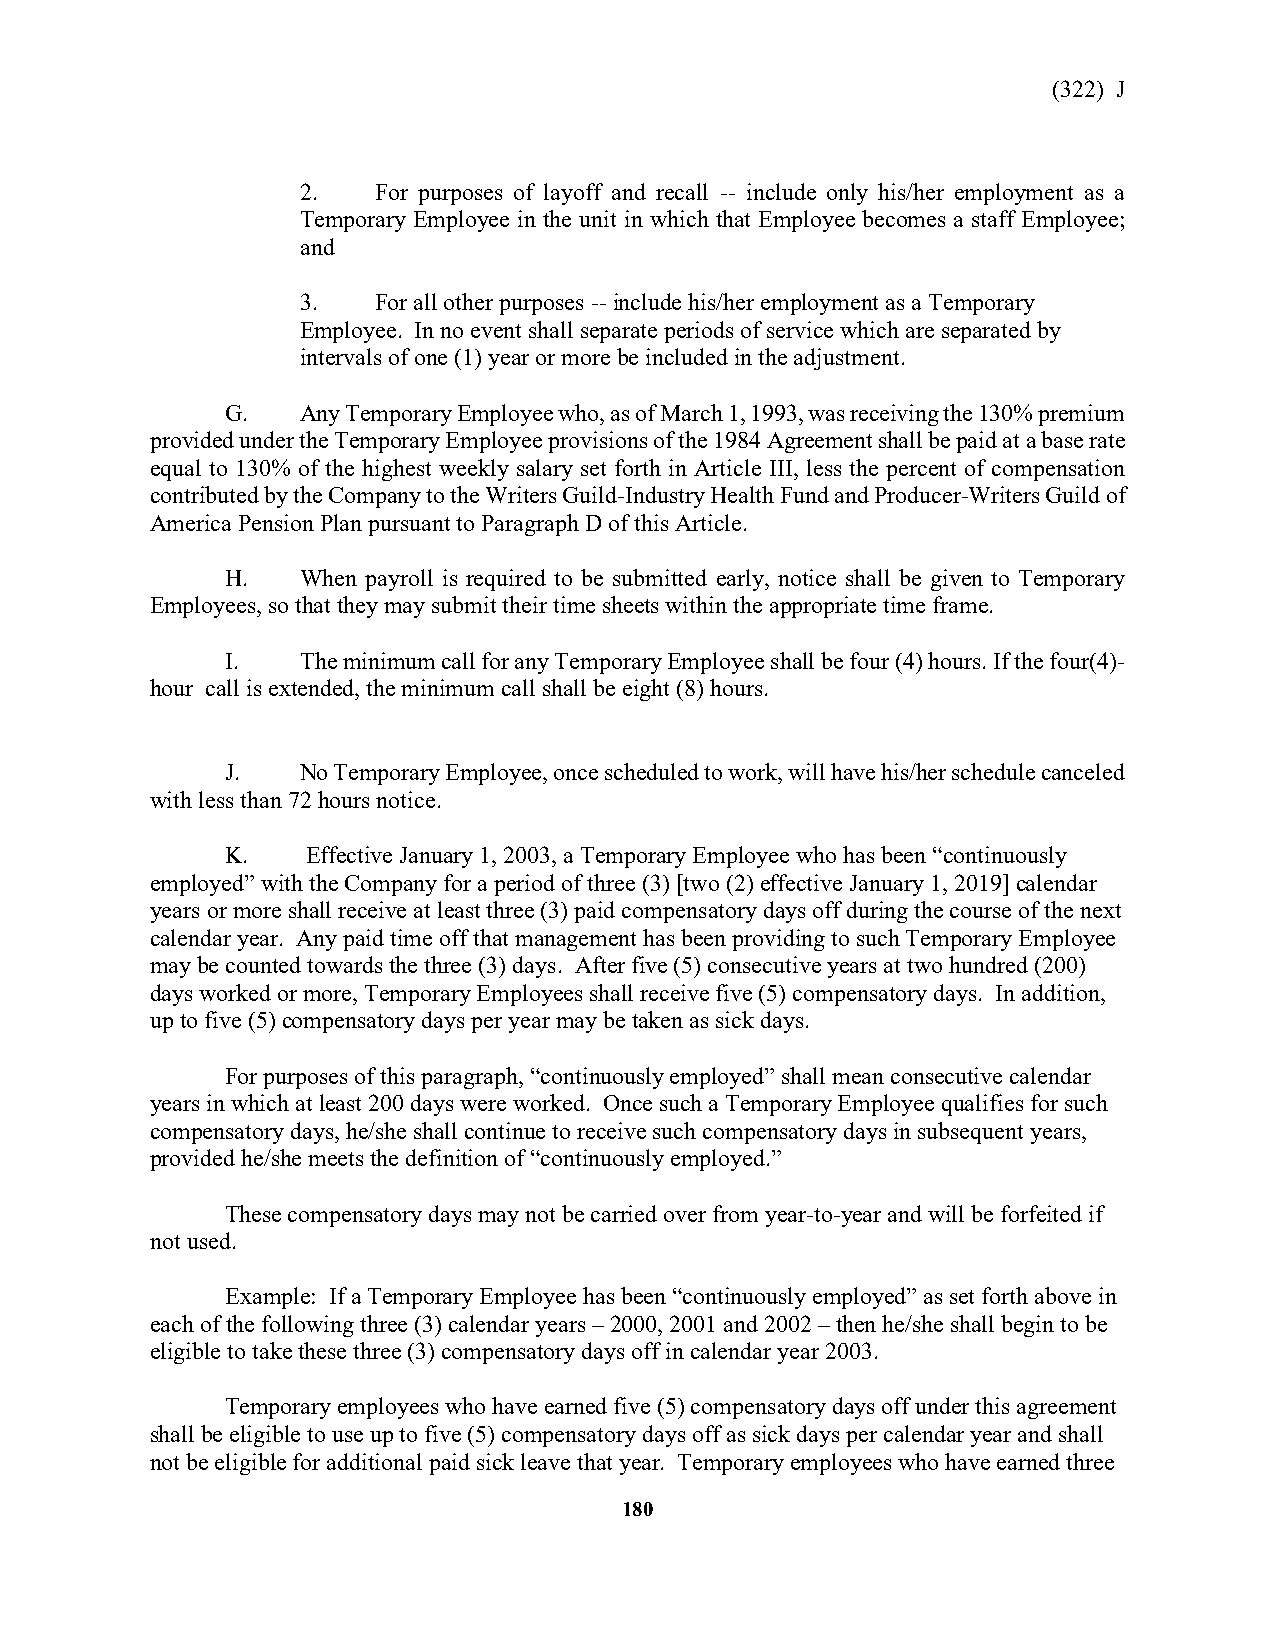
(322) J
 2.   For purposes of layoff and recall -- include only his/her employment as a
 Temporary Employee in the unit in which that Employee becomes a staff Employee;
 and
 3.   For all other purposes -- include his/her employment as a Temporary
 Employee. In no event shall separate periods of service which are separated by
 intervals of one (1) year or more be included in the adjustment.
 G.   Any Temporary Employee who, as of March 1, 1993, was receiving the 130% premium
 provided under the Temporary Employee provisions of the 1984 Agreement shall be paid at a base rate
 equal to 130% of the highest weekly salary set forth in Article III, less the percent of compensation
 contributed by the Company to the Writers Guild-Industry Health Fund and Producer-Writers Guild of
 America Pension Plan pursuant to Paragraph D of this Article.
 H.   When payroll is required to be submitted early, notice shall be given to Temporary
 Employees, so that they may submit their time sheets within the appropriate time frame.
 I.   The minimum call for any Temporary Employee shall be four (4) hours. If the four(4)-
 hour call is extended, the minimum call shall be eight (8) hours.
 J.   No Temporary Employee, once scheduled to work, will have his/her schedule canceled
 with less than 72 hours notice.
 K.   Effective January 1, 2003, a Temporary Employee who has been “continuously
 employed” with the Company for a period of three (3) [two (2) effective January 1, 2019] calendar
 years or more shall receive at least three (3) paid compensatory days off during the course of the next
 calendar year. Any paid time off that management has been providing to such Temporary Employee
 may be counted towards the three (3) days. After five (5) consecutive years at two hundred (200)
 days worked or more, Temporary Employees shall receive five (5) compensatory days. In addition,
 up to five (5) compensatory days per year may be taken as sick days.
 For purposes of this paragraph, “continuously employed” shall mean consecutive calendar
 years in which at least 200 days were worked. Once such a Temporary Employee qualifies for such
 compensatory days, he/she shall continue to receive such compensatory days in subsequent years,
 provided he/she meets the definition of “continuously employed.”
 These compensatory days may not be carried over from year-to-year and will be forfeited if
 not used.
 Example: If a Temporary Employee has been “continuously employed” as set forth above in
 each of the following three (3) calendar years – 2000, 2001 and 2002 – then he/she shall begin to be
 eligible to take these three (3) compensatory days off in calendar year 2003.
 Temporary employees who have earned five (5) compensatory days off under this agreement
 shall be eligible to use up to five (5) compensatory days off as sick days per calendar year and shall
 not be eligible for additional paid sick leave that year. Temporary employees who have earned three
 180